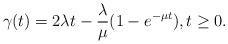
LaTeX: \begin{align*} \gamma (t)=2\lambda t -{\lambda \over \mu}(1-e^{-\mu t}),t\ge 0. \end{align*}